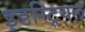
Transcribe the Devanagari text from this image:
इडस्ट्रियल